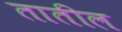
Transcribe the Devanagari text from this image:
तातील